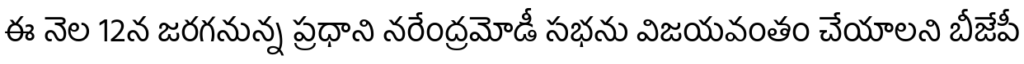
ఈ నెల 12న జరగనున్న ప్రధాని నరేంద్రమోడీ సభను విజయవంతం చేయాలని బీజేపీ